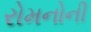
રોમનોની